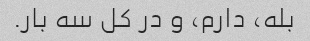
بله، دارم، و در کل سه بار.